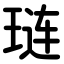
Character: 琏